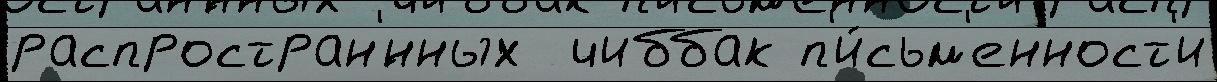
распростран'́нных  чиббак п'и́сьм'енност'и